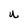
Character: U